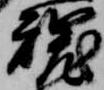
魂